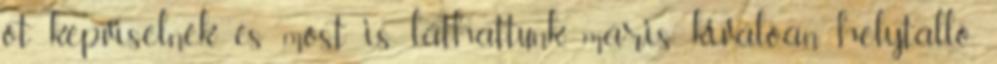
ót képviselnék és most is láthattunk, máris kiválóan helytálló,